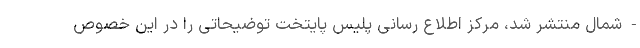
- شمال منتشر شد، مرکز اطلاع رسانی پلیس پایتخت توضیحاتی را در این خصوص